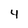
Character: 4